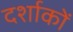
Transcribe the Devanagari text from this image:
दर्शाकों